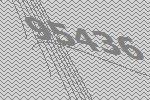
95436